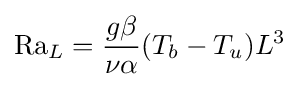
\mathrm {Ra} _{L}={\frac {g\beta }{\nu \alpha }}(T_{b}-T_{u})L^{3}